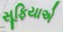
સૂફિયાએ